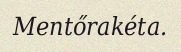
Mentőrakéta.